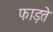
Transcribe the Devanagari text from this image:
फाड़ते